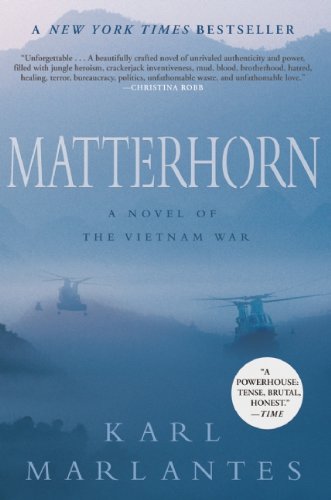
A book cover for Matterhorn: A Novel of the Vietnam War; Karl Marlantes; Literature & Fiction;